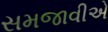
સમજાવીએ